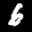
Label: 6